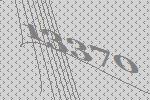
13370